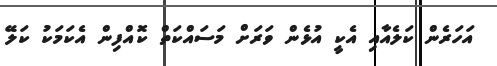
އަހަރެން ކަލެއާއި އެކީ އުޅެން ވަރަށް މަސައްކަތް ކޮއްފިން އެކަމަކު ކަލޭ